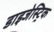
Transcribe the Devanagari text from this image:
डाइजेस्ट्रिक